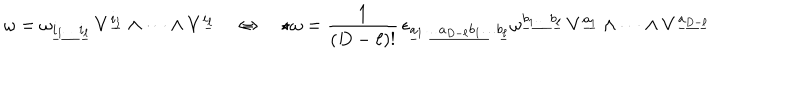
LaTeX: \omega = \omega _ { \underline { { { i _ { 1 } \dots i _ { \ell } } } } } \, V ^ { \underline { { { i _ { 1 } } } } } \wedge \dots \wedge V ^ { \underline { { { i _ { \ell } } } } } \quad \Leftrightarrow \quad \star \omega = \frac { 1 } { ( D - \ell ) ! } \, \epsilon _ { \underline { { { a _ { 1 } \dots a _ { D - \ell } b _ { 1 } \dots b _ { \ell } } } } } \omega ^ { \underline { { { b _ { 1 } \dots b _ { \ell } } } } } \, V ^ { \underline { { { a _ { 1 } } } } } \wedge \dots \wedge V ^ { \underline { { { a _ { D - \ell } } } } }